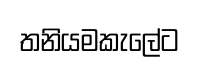
තනියමකැලේට